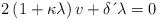
\begin{align*}2\left( 1+\kappa \lambda \right) v+\delta \,\acute{}\, \lambda=0 \end{align*}